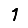
Digit: 1